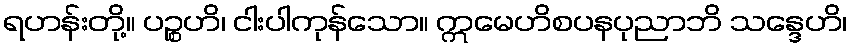
ရဟန်းတို့။ ပဉ္စဟိ၊ ငါးပါကုန်သော။ ဣမေဟိစပနပုညာဘိ သန္ဒေဟိ၊